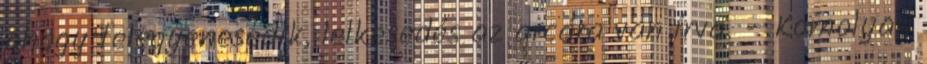
ahogy felegyenesedik, lelkesedés az arcára van írva. – Komolyan